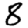
Digit: 8